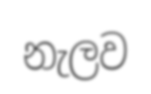
නැලව